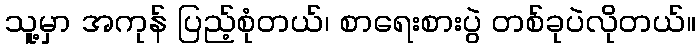
သူ့မှာ အကုန် ပြည့်စုံတယ်၊ စာရေးစားပွဲ တစ်ခုပဲလိုတယ်။